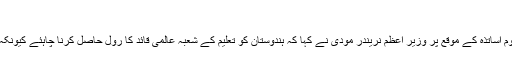
اساتذہ کے نام اپنے ایک ای می
نئی دہلی 4 ستمبر ( سیاست ڈاٹ کام ) یوم اساتذہ کے موقع پر وزیر اعظم نریندر مودی نے کہا کہ ہندوستان کو تعلیم کے شعبہ عالمی قائد کا رول حاصل کرنا چاہئے کیونکہ یہاں اساتذہ کا بہت احترام کیا جاتا ہے ۔